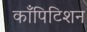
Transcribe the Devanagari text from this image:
काँपिटिशन